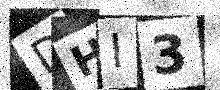
Text: DHI3